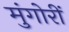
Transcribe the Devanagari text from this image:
मुंगोरीं